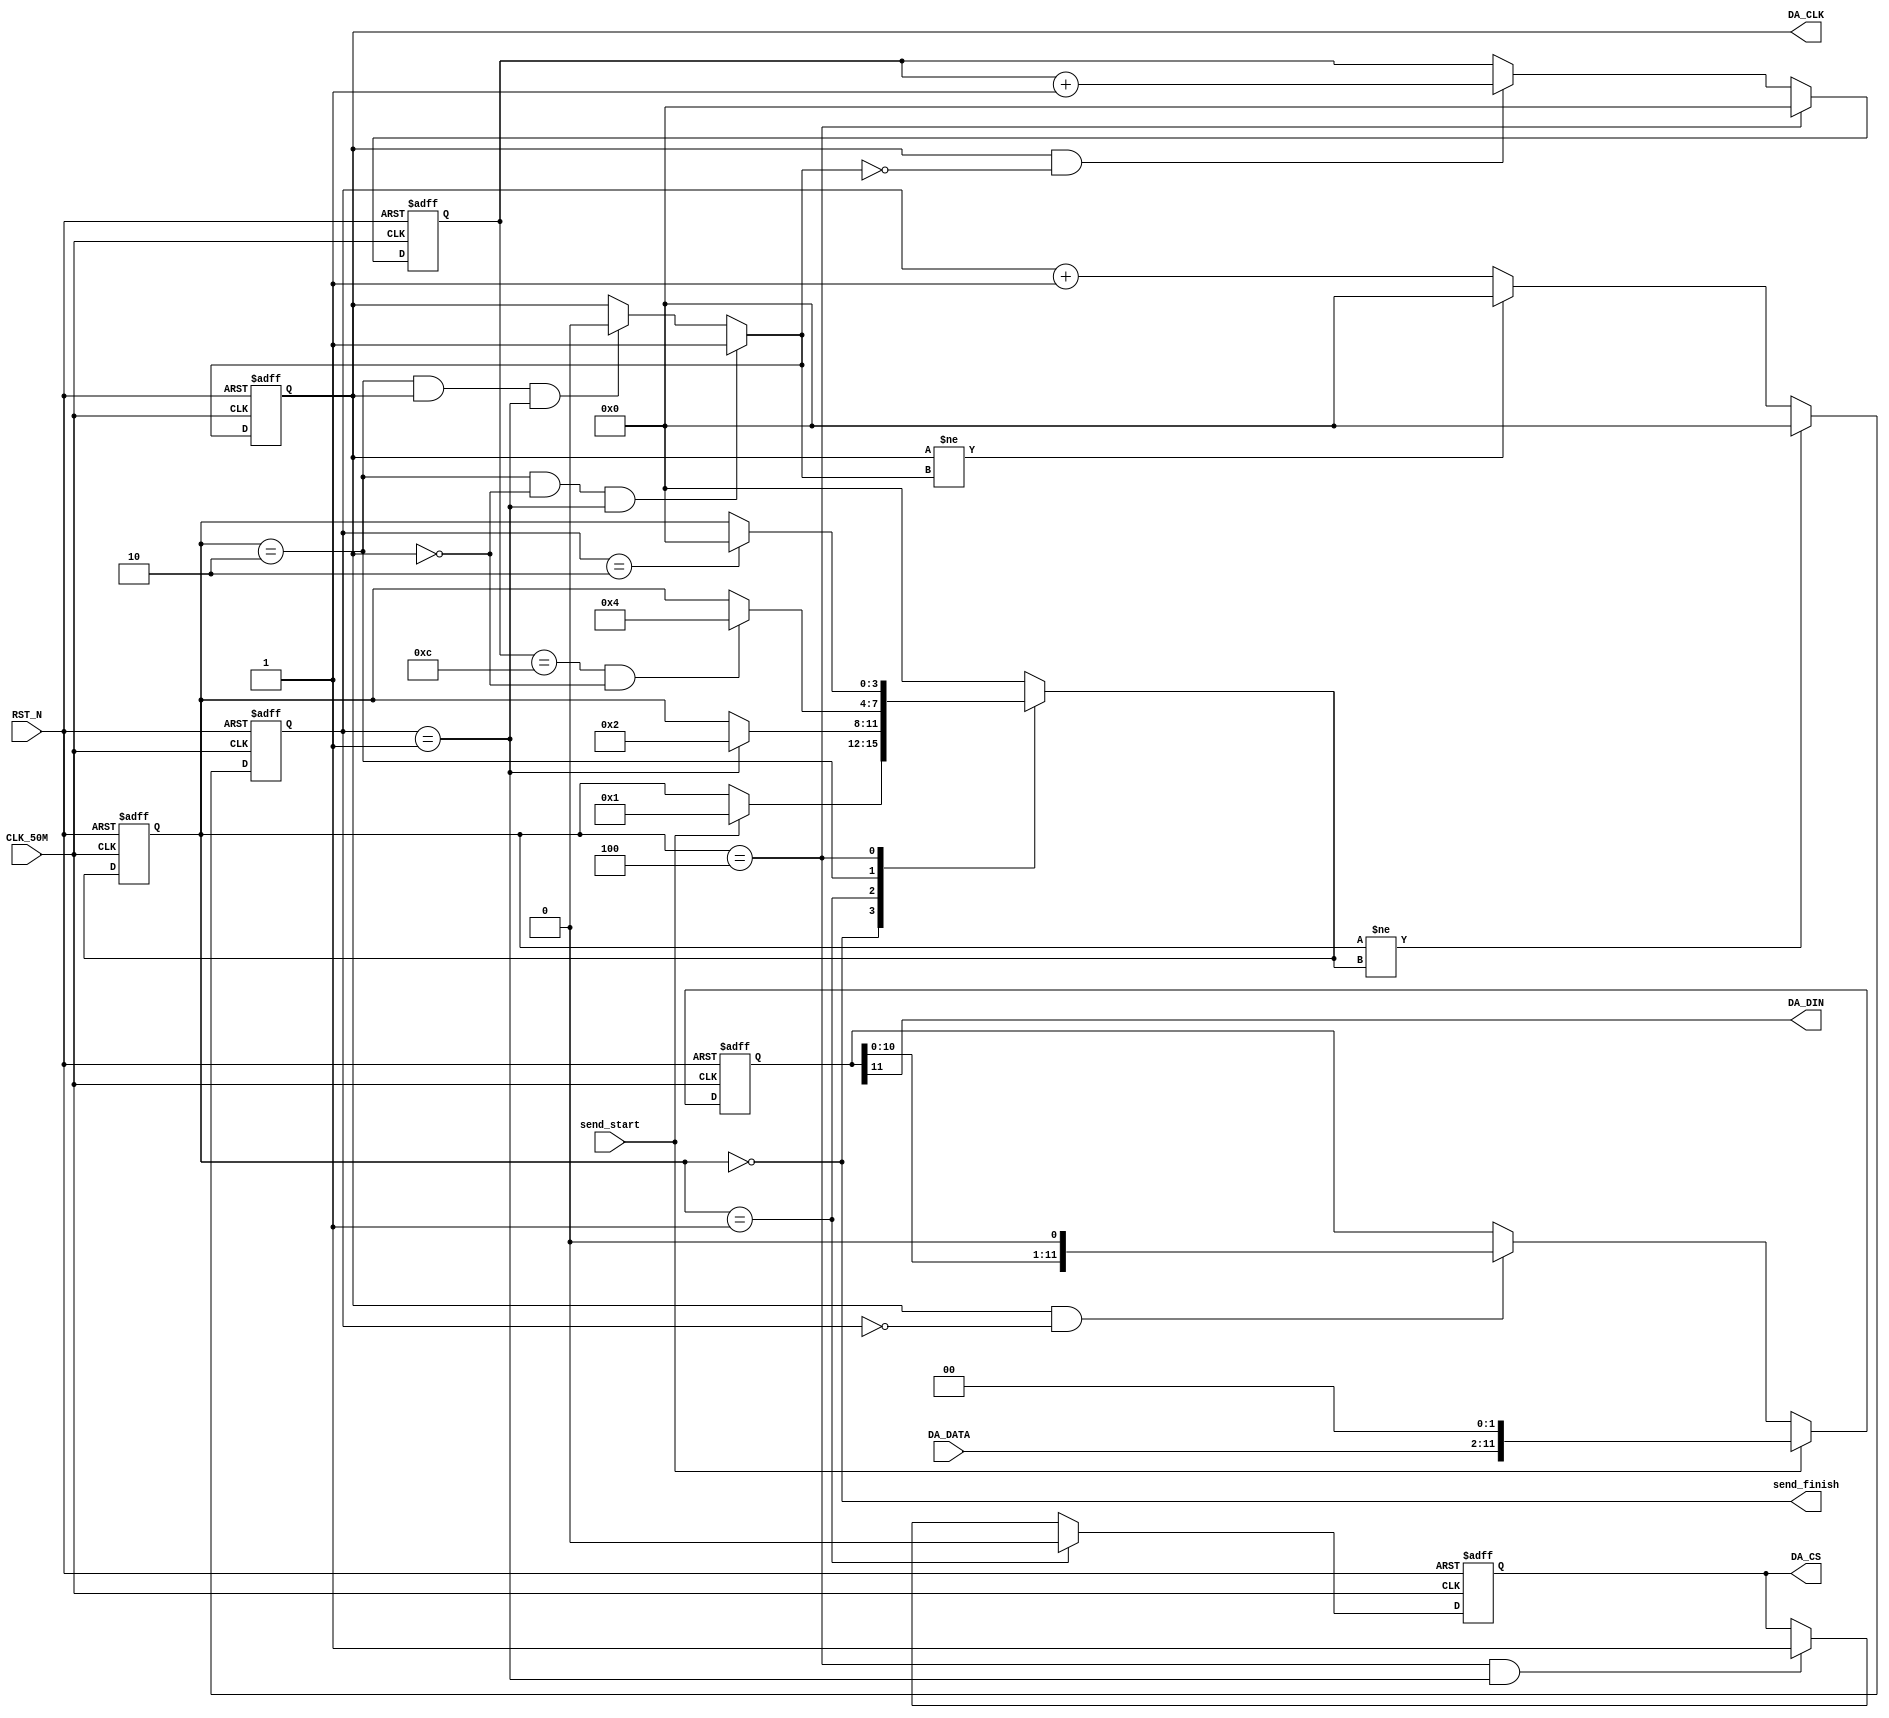
//---------------------------------------------------------------------------
//-- 		:	zircon_avalon_tlc5615_logic.v
//-- 		:	TLC5615 DA IP
//-- 	:	2014-1-1
//-- 		:	Zircon Opto-Electronic Technology CO.,Ltd.
//---------------------------------------------------------------------------
module zircon_avalon_tlc5615_logic
(
	//
	CLK_50M,RST_N,
	//TLC5615
	DA_CLK,DA_DIN,DA_CS,
	//
	DA_DATA,send_start,send_finish
);

//---------------------------------------------------------------------------
//--	
//---------------------------------------------------------------------------

input						CLK_50M;				//
input						RST_N;				//
output reg				DA_CLK;				//DA
output					DA_DIN;				//DA
output reg				DA_CS;				//DA
input			[ 9:0]	DA_DATA;				//DA
input						send_start;			//DA
output					send_finish;		//DA

//---------------------------------------------------------------------------
//--	
//---------------------------------------------------------------------------
reg			[ 3:0]	FSM_CS;				//
reg			[ 3:0]	FSM_NS;				//
reg			[ 3:0]	bit_cnt;				//
reg			[ 3:0]	bit_cnt_n;			//bit_cnt
reg			[11:0]	shift_reg;			//,DA_DIN
reg			[11:0]	shift_reg_n;		//shift_reg
reg			[ 3:0]	time_cnt;			//
reg			[ 3:0]	time_cnt_n;			//time_cnt
reg						DA_CLK_N;			//DA_CLK
reg						DA_CS_N;				//DA_CS

parameter		FSM_IDLE  = 4'h0;			//
parameter		FSM_READY = 4'h1;			//,CS
parameter		FSM_SEND  = 4'h2;			//,12
parameter		FSM_FINISH= 4'h4;			//,CS

//---------------------------------------------------------------------------
//--	
//---------------------------------------------------------------------------
//,time_cnt
always @ (posedge CLK_50M or negedge RST_N)
begin
	if(!RST_N)							//
		time_cnt <= 4'h0;				//time_cnt
	else
		time_cnt <= time_cnt_n;		//time_cnt
end

//,
always @ (*)
begin
	if(FSM_CS != FSM_NS)				//
		time_cnt_n = 4'h0;			//,
	else if(DA_CLK != DA_CLK_N)	//
		time_cnt_n = 4'h0;			//,
	else
		time_cnt_n = time_cnt + 4'h1;//1
end

//,bit_cnt
always @ (posedge CLK_50M or negedge RST_N)
begin
	if(!RST_N)							//
		bit_cnt	<= 4'h0;				//bit_cnt
	else
		bit_cnt	<= bit_cnt_n;		//bit_cnt
end

//,
always @ (*)
begin
	if(FSM_CS == FSM_FINISH)		//
		bit_cnt_n = 4'h0;				//,bit_cnt_n0
	else if(DA_CLK && (!DA_CLK_N))//
		bit_cnt_n = bit_cnt + 4'h1;//,bit_cnt_n1
	else
		bit_cnt_n = bit_cnt;			//
end

//,shift_reg
always @ (posedge CLK_50M or negedge RST_N)
begin
	if(!RST_N)							//
		shift_reg <= 12'h0;			//shift_reg
	else
		shift_reg <= shift_reg_n;	//shift_reg
end

//,,DA_DATADA_DIN
always @ (*)
begin
	if(send_start)						//
		shift_reg_n = {DA_DATA,2'h0};//1,DA_DATA
	else if(DA_CLK && (time_cnt == 4'h0))//DA_CLK
		shift_reg_n = {shift_reg[10:0] , 1'h0};//DA_CLK,
	else
		shift_reg_n = shift_reg;	//
end

//---------------------------------------------------------------------------
//--	
//---------------------------------------------------------------------------

//,FSM_CS
always @ (posedge CLK_50M or negedge RST_N)
begin	
	if(!RST_N)							//
		FSM_CS <= FSM_IDLE;			//FSM_CS
	else
		FSM_CS <= FSM_NS;				//FSM_CS
end

//,
always @ (*)
begin
	case(FSM_CS)						//
		FSM_IDLE: 							
			if(send_start)				//
				FSM_NS = FSM_READY;	//1,
			else
				FSM_NS = FSM_CS;		//

		FSM_READY: 
			if(time_cnt == 4'h1)		//
				FSM_NS = FSM_SEND;		//
			else
				FSM_NS = FSM_CS;		//

		FSM_SEND: 
			if((bit_cnt == 4'hC)&&(!DA_CLK))//12
				FSM_NS = FSM_FINISH;	//
			else
				FSM_NS = FSM_CS;		//

		FSM_FINISH: 
			if(time_cnt == 4'h2)		//
				FSM_NS = FSM_IDLE;		//,
			else
				FSM_NS = FSM_CS;		//
		
		default:FSM_NS = FSM_IDLE;
	endcase
end

//,DA_CS
always @ (posedge CLK_50M or negedge RST_N)
begin
	if(!RST_N)							//
		DA_CS <= 1'h1;					//DA_CS
	else
		DA_CS <= DA_CS_N;				//DA_CS
end

//,DA
always @ (*)
begin
	if(FSM_CS == FSM_READY)			//
		DA_CS_N = 1'h0;				//,DA_CS_N0
	else if((FSM_CS == FSM_FINISH) && (time_cnt == 4'h1))//
		DA_CS_N = 1'h1;				//1,DA_CS_N1
	else
		DA_CS_N = DA_CS;				//
end

//,DA_CLK
always @ (posedge CLK_50M or negedge RST_N)
begin
	if(!RST_N)							//
		DA_CLK <= 1'h0;				//DA_CLK
	else
		DA_CLK <= DA_CLK_N;			//DA_CLK
end

//,DA
always @ (*)
begin
	if((FSM_CS == FSM_SEND) && (!DA_CLK) && (time_cnt == 4'h1))//
		DA_CLK_N = 1'h1;				//,DA_CLK
	else if((FSM_CS == FSM_SEND) && (DA_CLK) && (time_cnt == 4'h1))//
		DA_CLK_N = 1'h0;				//,DA_CLK
	else
		DA_CLK_N = DA_CLK;			//
end

assign DA_DIN = shift_reg[11];	//DA_DIN
assign send_finish = (FSM_CS == FSM_IDLE);	//

endmodule